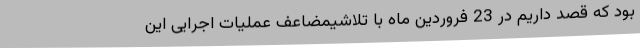
بود که قصد داریم در 23 فروردین ماه با تلاشیمضاعف عملیات اجرایی این